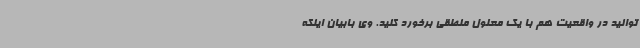
توانید در واقعیت هم با یک معلول منطقی برخورد کنید. وی بابیان اینکه